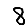
Digit: 8